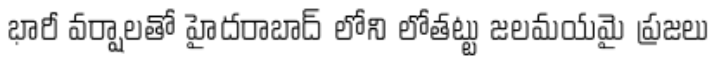
భారీ వర్షాలతో హైదరాబాద్ లోని లోతట్టు జలమయమై ప్రజలు